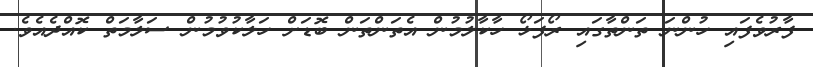
ފާރުވެފައި ހުންނަ ތަންތާގައި ރޯފަޅޯ ހާކާލުމުން އެތަންތަން ބޮޑަށް ހަލާކުވުމުން ސަލާމަތް ކޮއްދެއެވެ.